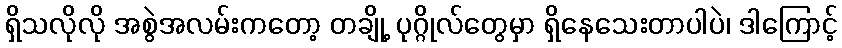
ရှိသလိုလို အစွဲအလမ်းကတော့ တချို့ ပုဂ္ဂိုလ်တွေမှာ ရှိနေသေးတာပါပဲ၊ ဒါကြောင့်